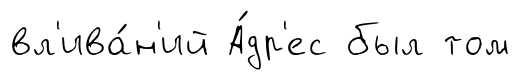
вл'ива́н'ий А́др'ес был том